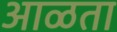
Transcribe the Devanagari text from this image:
आळता